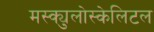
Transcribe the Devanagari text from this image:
मस्क्युलोस्केलिटल